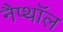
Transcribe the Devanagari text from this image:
नैप्थॉल